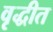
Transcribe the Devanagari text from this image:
वृद्धीत